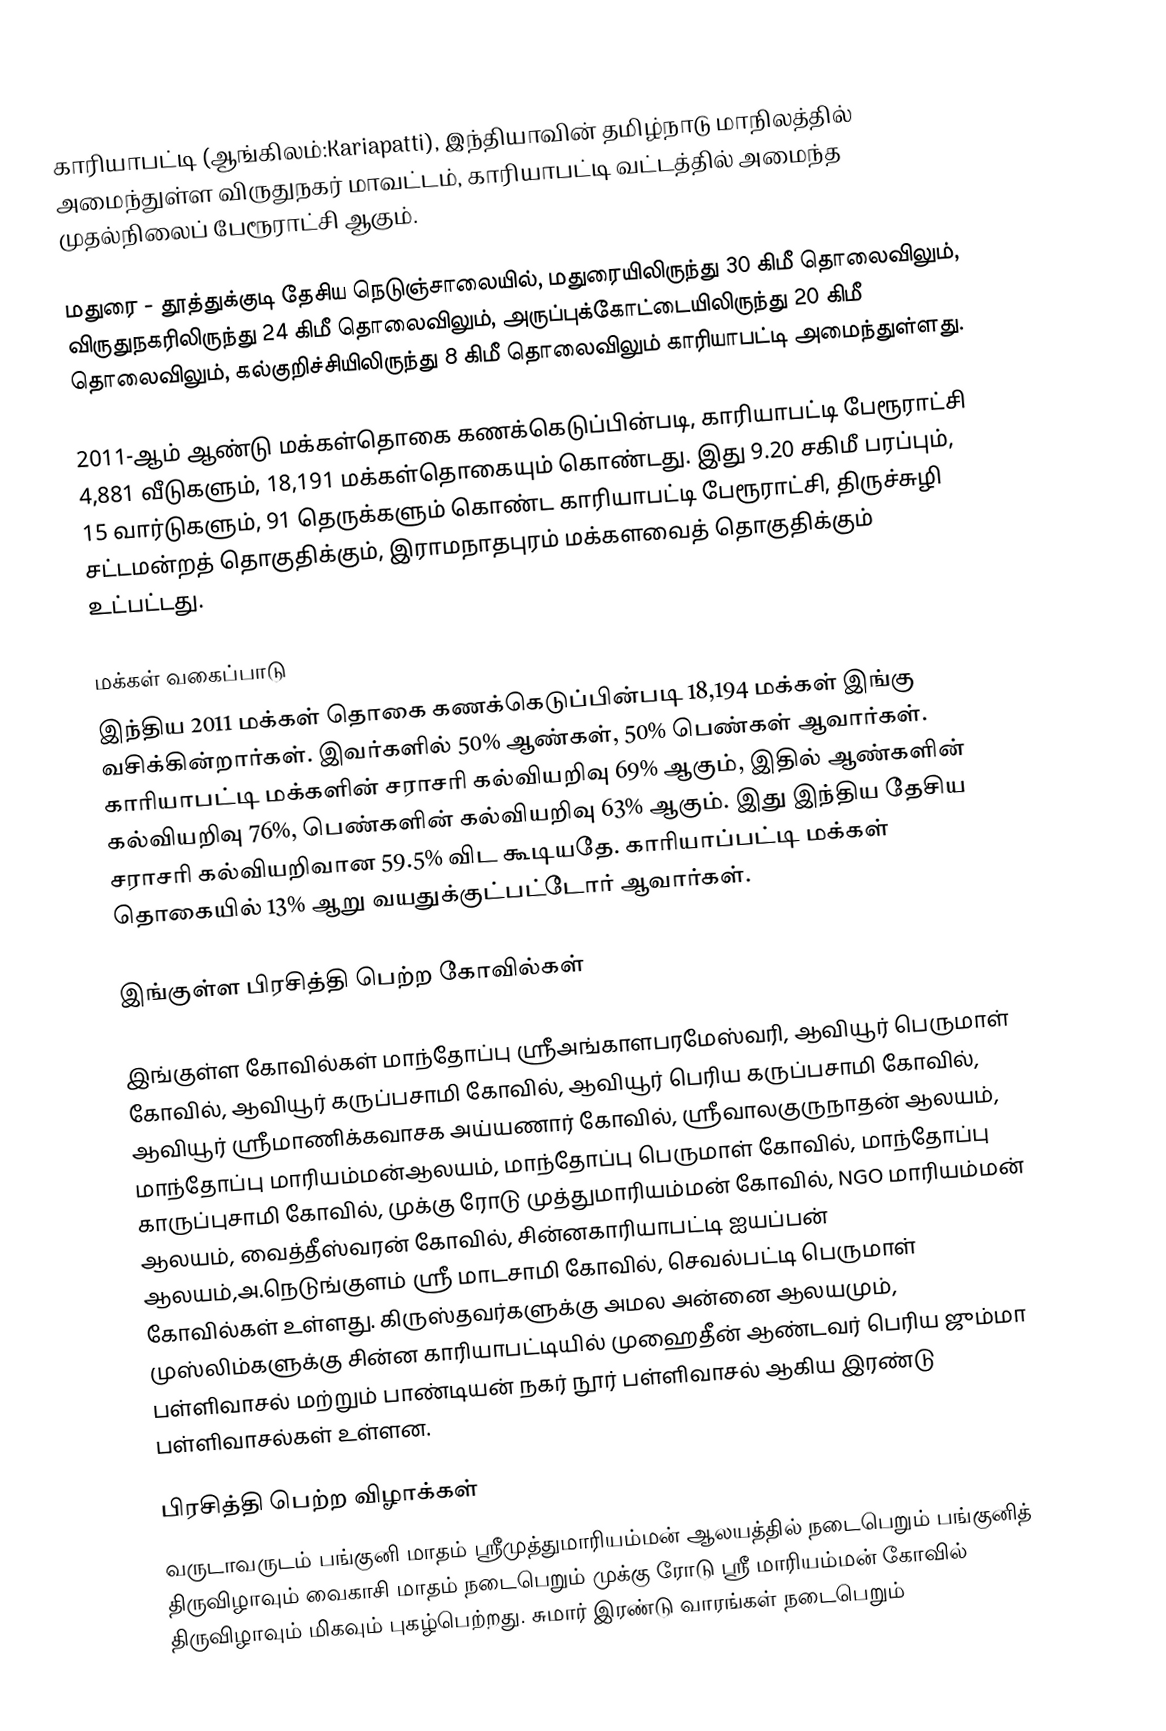
காரியாபட்டி (ஆங்கிலம்:Kariapatti), இந்தியாவின் தமிழ்நாடு மாநிலத்தில் அமைந்துள்ள விருதுநகர் மாவட்டம், காரியாபட்டி வட்டத்தில் அமைந்த முதல்நிலைப் பேரூராட்சி ஆகும்.

மதுரை - தூத்துக்குடி தேசிய நெடுஞ்சாலையில், மதுரையிலிருந்து 30 கிமீ தொலைவிலும், விருதுநகரிலிருந்து 24 கிமீ தொலைவிலும், அருப்புக்கோட்டையிலிருந்து 20 கிமீ தொலைவிலும், கல்குறிச்சியிலிருந்து 8 கிமீ தொலைவிலும் காரியாபட்டி அமைந்துள்ளது.

2011-ஆம் ஆண்டு மக்கள்தொகை கணக்கெடுப்பின்படி, காரியாபட்டி பேரூராட்சி 4,881 வீடுகளும், 18,191 மக்கள்தொகையும் கொண்டது. இது 9.20 சகிமீ பரப்பும், 15 வார்டுகளும், 91 தெருக்களும் கொண்ட காரியாபட்டி பேரூராட்சி, திருச்சுழி சட்டமன்றத் தொகுதிக்கும், இராமநாதபுரம் மக்களவைத் தொகுதிக்கும் உட்பட்டது.

மக்கள் வகைப்பாடு
இந்திய 2011 மக்கள் தொகை கணக்கெடுப்பின்படி 18,194 மக்கள் இங்கு வசிக்கின்றார்கள். இவர்களில் 50% ஆண்கள், 50% பெண்கள் ஆவார்கள். காரியாபட்டி மக்களின் சராசரி கல்வியறிவு 69% ஆகும்,  இதில் ஆண்களின் கல்வியறிவு 76%,  பெண்களின் கல்வியறிவு 63% ஆகும். இது இந்திய தேசிய சராசரி கல்வியறிவான 59.5% விட கூடியதே. காரியாப்பட்டி மக்கள் தொகையில் 13%  ஆறு வயதுக்குட்பட்டோர் ஆவார்கள்.

இங்குள்ள பிரசித்தி பெற்ற கோவில்கள்

இங்குள்ள கோவில்கள் மாந்தோப்பு ஸ்ரீஅங்காளபரமேஸ்வரி, ஆவியூர் பெருமாள் கோவில், ஆவியூர் கருப்பசாமி கோவில், ஆவியூர் பெரிய கருப்பசாமி கோவில், ஆவியூர் ஶ்ரீமாணிக்கவாசக அய்யணார் கோவில், ஸ்ரீவாலகுருநாதன் ஆலயம், மாந்தோப்பு மாரியம்மன்ஆலயம், மாந்தோப்பு பெருமாள் கோவில், மாந்தோப்பு காருப்புசாமி கோவில், முக்கு ரோடு முத்துமாரியம்மன் கோவில், NGO மாரியம்மன் ஆலயம், வைத்தீஸ்வரன் கோவில், சின்னகாரியாபட்டி ஐயப்பன் ஆலயம்,அ.நெடுங்குளம் ஸ்ரீ மாடசாமி கோவில், செவல்பட்டி பெருமாள் கோவில்கள் உள்ளது. கிருஸ்தவர்களுக்கு அமல அன்னை ஆலயமும், முஸ்லிம்களுக்கு சின்ன காரியாபட்டியில் முஹைதீன் ஆண்டவர் பெரிய ஜும்மா பள்ளிவாசல் மற்றும் பாண்டியன் நகர் நூர் பள்ளிவாசல் ஆகிய இரண்டு பள்ளிவாசல்கள் உள்ளன.

பிரசித்தி பெற்ற விழாக்கள்
வருடாவருடம் பங்குனி மாதம் ஸ்ரீமுத்துமாரியம்மன் ஆலயத்தில் நடைபெறும் பங்குனித் திருவிழாவும் வைகாசி மாதம் நடைபெறும் முக்கு ரோடு ஸ்ரீ மாரியம்மன் கோவில் திருவிழாவும் மிகவும் புகழ்பெற்றது. சுமார் இரண்டு வாரங்கள் நடைபெறும்